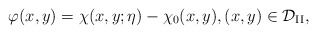
\begin{align*}\varphi(x,y)=\chi(x,y;\eta)-\chi_0(x,y),(x,y)\in\mathcal{D}_{\mathrm{II}},\end{align*}